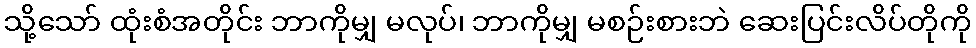
သို့သော် ထုံးစံအတိုင်း ဘာကိုမျှ မလုပ်၊ ဘာကိုမျှ မစဉ်းစားဘဲ ဆေးပြင်းလိပ်တိုကို